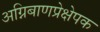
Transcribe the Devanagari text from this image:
अग्निबाणप्रेक्षेपक